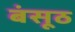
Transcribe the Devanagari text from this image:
बंसूठ